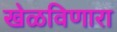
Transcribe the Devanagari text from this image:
खेळविणारा